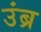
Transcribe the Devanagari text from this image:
उंब्र